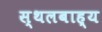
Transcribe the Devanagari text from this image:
स्थलबाह्य